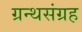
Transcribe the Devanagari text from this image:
ग्रन्थसंग्रह